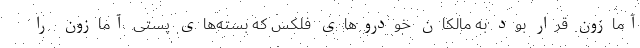
آمازون قرار بود به مالکان خودروهای فلکس که بسته‌های پستی آمازون را